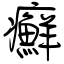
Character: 癬